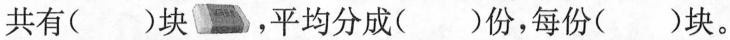
共有( )块，平均分成( )份，每份( )块。